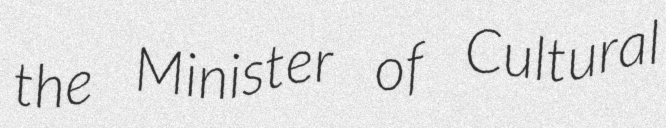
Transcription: the Minister of Cultural